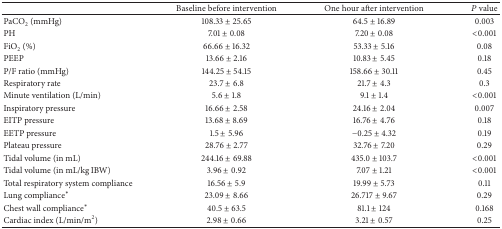
<table><thead><tr><td><b> </b></td><td><b>Baseline before intervention</b></td><td><b>One hour after intervention</b></td><td><b><i>P</i> value</b></td></tr></thead><tbody><tr><td>PaCO<sub>2</sub> (mmHg)</td><td>108.33 ± 25.65</td><td>64.5 ± 16.89</td><td>0.003</td></tr><tr><td>PH</td><td>7.01 ± 0.08</td><td>7.20 ± 0.08</td><td>&lt;0.001</td></tr><tr><td>FiO<sub>2</sub> (%)</td><td>66.66 ± 16.32</td><td>53.33 ± 5.16</td><td>0.08</td></tr><tr><td>PEEP</td><td>13.66 ± 2.16</td><td>10.83 ± 5.45</td><td>0.18</td></tr><tr><td>P/F ratio (mmHg)</td><td>144.25 ± 54.15</td><td>158.66 ± 30.11</td><td>0.45</td></tr><tr><td>Respiratory rate</td><td>23.7 ± 6.8</td><td>21.7 ± 4.3</td><td>0.3</td></tr><tr><td>Minute ventilation (L/min)</td><td>5.6 ± 1.8</td><td>9.1 ± 1.4</td><td>&lt;0.001</td></tr><tr><td>Inspiratory pressure</td><td>16.66 ± 2.58</td><td>24.16 ± 2.04</td><td>0.007</td></tr><tr><td> EITP pressure</td><td>13.68 ± 8.69</td><td>16.76 ± 4.76</td><td>0.18</td></tr><tr><td>EETP pressure</td><td>1.5 ± 5.96</td><td>−0.25 ± 4.32</td><td>0.19</td></tr><tr><td>Plateau pressure</td><td>28.76 ± 2.77</td><td>32.76 ± 7.20</td><td>0.29</td></tr><tr><td>Tidal volume (in mL)</td><td>244.16 ± 69.88</td><td>435.0 ± 103.7</td><td>&lt;0.001</td></tr><tr><td>Tidal volume (in mL/kg IBW)</td><td>3.96 ± 0.92</td><td>7.07 ± 1.21</td><td>&lt;0.001</td></tr><tr><td>Total respiratory system compliance</td><td>16.56 ± 5.9</td><td>19.99 ± 5.73</td><td>0.11</td></tr><tr><td>Lung compliance<sup>*</sup></td><td>23.09 ± 8.66</td><td>26.717 ± 9.67</td><td>0.29</td></tr><tr><td>Chest wall compliance<sup>*</sup></td><td>40.5 ± 63.5</td><td>81.1 ± 124</td><td>0.168</td></tr><tr><td>Cardiac index (L/min/m<sup>2</sup>)</td><td>2.98 ± 0.66</td><td>3.21 ± 0.57</td><td>0.25</td></tr></tbody></table>